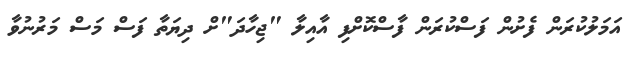
އަމަލުކުރަން ފެށުން ފަސްކުރަން ފާސްކޮށްފި އާއިލާ "ޖިހާދަ"ށް ދިޔަތާ ފަސް މަސް މަރުނުވާ